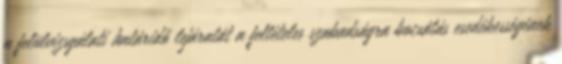
a felülvizsgálati határidő lejáratát a feltételes szabadságra bocsátás esedékességének